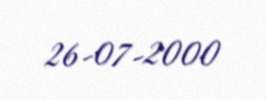
26-07-2000